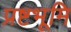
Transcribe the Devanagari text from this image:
प्रष्टभूमि